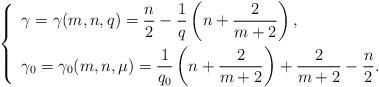
LaTeX: \begin{align*} \left\{ \enspace\begin{aligned}&\gamma=\gamma(m,n,q)= \frac n 2 -\frac 1 q \left( n +\frac 2 {m+2}\right),\\&\gamma_0=\gamma_0(m,n,\mu)=\frac 1 {q_0} \left( n + \frac 2 {m+2} \right) +\frac 2 {m+2} -\frac n 2.\end{aligned}\right.\end{align*}